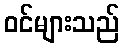
ဝင်များသည်